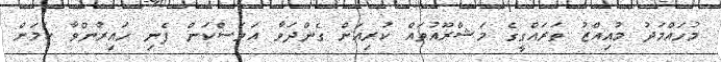
މުހައްމަދު މުއިއްޒު ތަރައްގީގެ މަޝްރޫއުތައް ކުރިއަށް ގެންދަވާ އަވަސްކަން ފެނި ހައިރާންވާ ކަމަށް